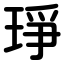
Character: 琤